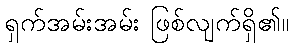
ရှက်အမ်းအမ်း ဖြစ်လျက်ရှိ၏။